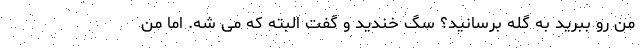
من رو ببرید به گله برسانید؟ سگ خندید و گفت البته که می شه. اما من